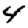
Digit: 4